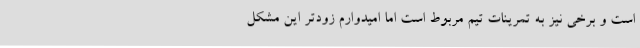
است و برخی نیز به تمرینات تیم مربوط است اما امیدوارم زودتر این مشکل